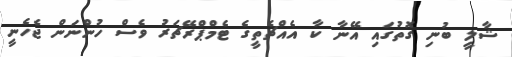
ޝާލީ ބުނި ގޮތުގައި އޭނާ ކާ އެއްޗެތީގެ ޓެމްޕްރޭޗަރު ވެސް ހުންނަން ޖެހެނީ